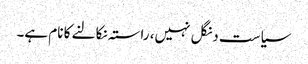
سیاست دنگل نہیں، راستہ نکالنے کا نام ہے۔